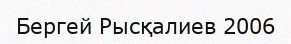
Бергей Рысқалиев 2006